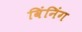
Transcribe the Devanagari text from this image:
विंनिंग